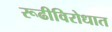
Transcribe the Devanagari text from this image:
रूढीविरोधात